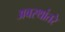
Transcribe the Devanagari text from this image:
अवस्थांतरे